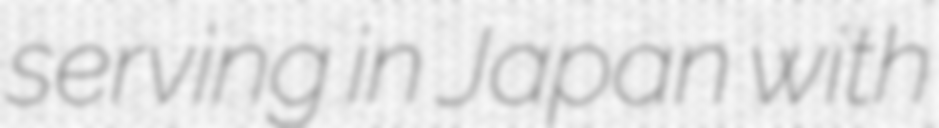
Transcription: serving in Japan with